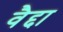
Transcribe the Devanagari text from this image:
वैद्दा